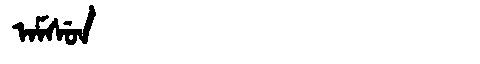
Manchu: ᠠᠮᠰᡠᠨ
Romanization: AMSUN